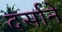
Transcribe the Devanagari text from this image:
दर्साने